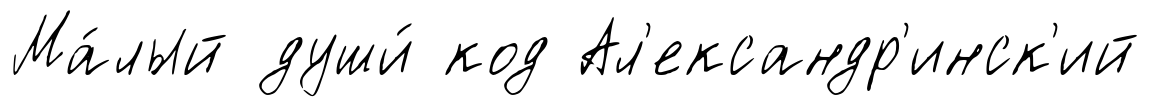
Ма́лый души́ код Ал'ександр'инск'ий